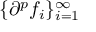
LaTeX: \{ \partial ^ { p } f _ { i } \} _ { i = 1 } ^ { \infty }